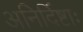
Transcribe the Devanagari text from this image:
अनिर्दिष्टाः